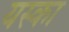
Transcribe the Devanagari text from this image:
यस्का